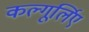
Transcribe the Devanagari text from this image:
कल्गूर्लिए